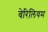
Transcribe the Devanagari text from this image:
वेरिलियम